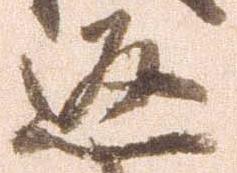
返